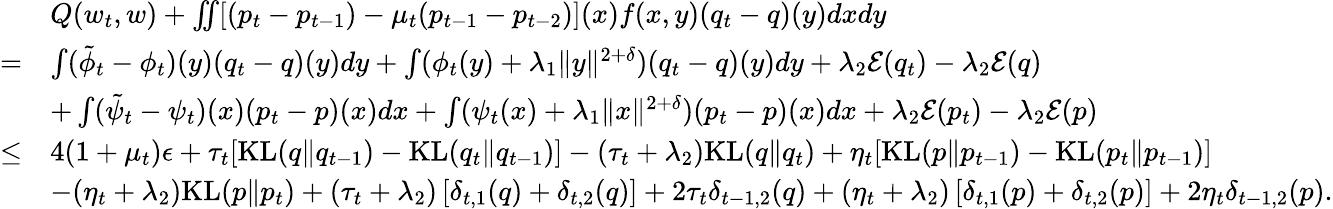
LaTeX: \begin{array}{rl}&{Q(w_{t},w)+\iint[(p_{t}-p_{t-1})-\mu_{t}(p_{t-1}-p_{t-2})](x)f(x,y)(q_{t}-q)(y)dxdy}\\ {=}&{\int(\tilde{\phi}_{t}-\phi_{t})(y)(q_{t}-q)(y)dy+\int(\phi_{t}(y)+\lambda_{1}\| y\| ^{2+\delta})(q_{t}-q)(y)dy+\lambda_{2}{\cal E}(q_{t})-\lambda_{2}{\cal E}(q)}\\ &{+\int(\tilde{\psi}_{t}-\psi_{t})(x)(p_{t}-p)(x)dx+\int(\psi_{t}(x)+\lambda_{1}\| x\| ^{2+\delta})(p_{t}-p)(x)dx+\lambda_{2}{\cal E}(p_{t})-\lambda_{2}{\cal E}(p)}\\ {\leq}&{4(1+\mu_{t})\epsilon+\tau_{t}[\mathrm{KL}(q\| q_{t-1})-\mathrm{KL}(q_{t}\| q_{t-1})]-(\tau_{t}+\lambda_{2})\mathrm{KL}(q\| q_{t})+\eta_{t}[\mathrm{KL}(p\| p_{t-1})-\mathrm{KL}(p_{t}\| p_{t-1})]}\\ &{-(\eta_{t}+\lambda_{2})\mathrm{KL}(p\| p_{t})+(\tau_{t}+\lambda_{2})\left[\delta_{t,1}(q)+\delta_{t,2}(q)\right]+2\tau_{t}\delta_{t-1,2}(q)+(\eta_{t}+\lambda_{2})\left[\delta_{t,1}(p)+\delta_{t,2}(p)\right]+2\eta_{t}\delta_{t-1,2}(p).}\end{array}